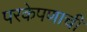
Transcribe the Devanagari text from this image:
परकेपणाची